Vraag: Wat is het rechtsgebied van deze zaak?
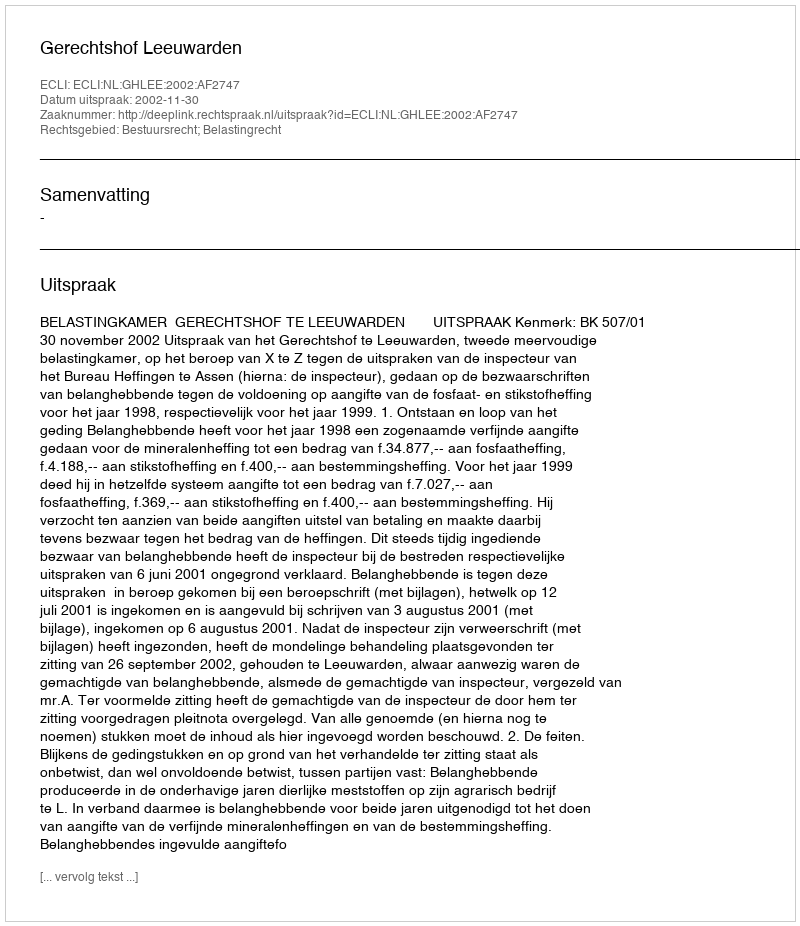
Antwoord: Bestuursrecht; Belastingrecht